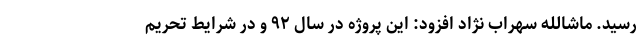
رسید. ماشالله سهراب نژاد افزود: این پروژه در سال ۹۲ و در شرایط تحریم